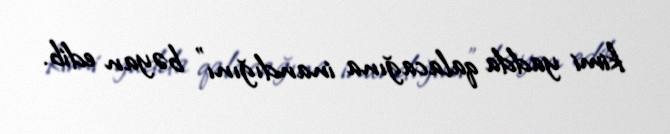
kimi yadda qalacağına inandığını" bəyan edib.